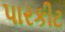
પારકીટ